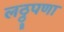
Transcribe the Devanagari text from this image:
लठ्ठ्पणा